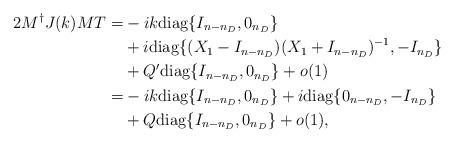
LaTeX: \begin{align*} 2M^\dag J(k) MT=&-ik{\rm diag}\{I_{n-n_D},0_{n_D}\}\\&+i{\rm diag}\{(X_1-I_{n-n_D})(X_1+I_{n-n_D})^{-1},-I_{n_D}\}\\&+Q'{\rm diag}\{I_{n-n_D},0_{n_D}\}+o(1)\\=&-ik{\rm diag}\{I_{n-n_D},0_{n_D}\}+i{\rm diag}\{0_{n-n_D},-I_{n_D}\}\\&+Q{\rm diag}\{I_{n-n_D},0_{n_D}\}+o(1),\end{align*}